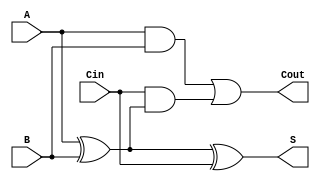
module LowPowerFullAdder (
    input  wire A,      // First input bit
    input  wire B,      // Second input bit
    input  wire Cin,    // Carry-in bit
    output wire S,      // Sum output
    output wire Cout    // Carry-out output
);

    // Internal signals
    wire AxorB;
    
    // Logic for Sum output
    assign AxorB = A ^ B;         // A XOR B
    assign S = AxorB ^ Cin;       // (A XOR B) XOR Cin for Sum

    // Logic for Carry-out output
    assign Cout = (A & B) | (Cin & AxorB); // Carry-out Logic

endmodule